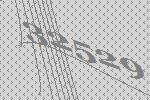
32529